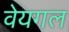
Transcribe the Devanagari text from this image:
वेयगल